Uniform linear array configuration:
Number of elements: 4
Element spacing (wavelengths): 1
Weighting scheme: hann
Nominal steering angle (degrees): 15
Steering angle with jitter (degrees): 13.904
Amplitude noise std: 0.05
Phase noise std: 0.05

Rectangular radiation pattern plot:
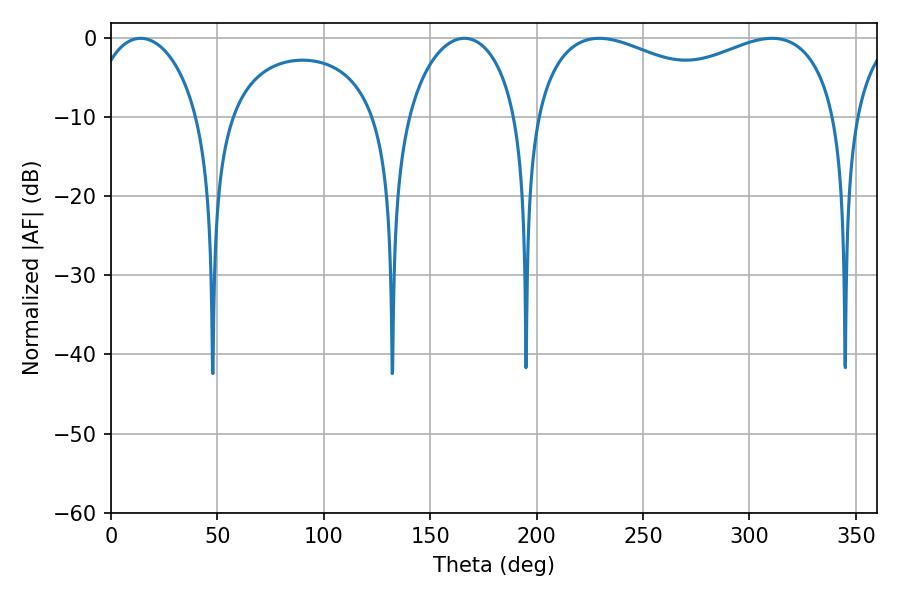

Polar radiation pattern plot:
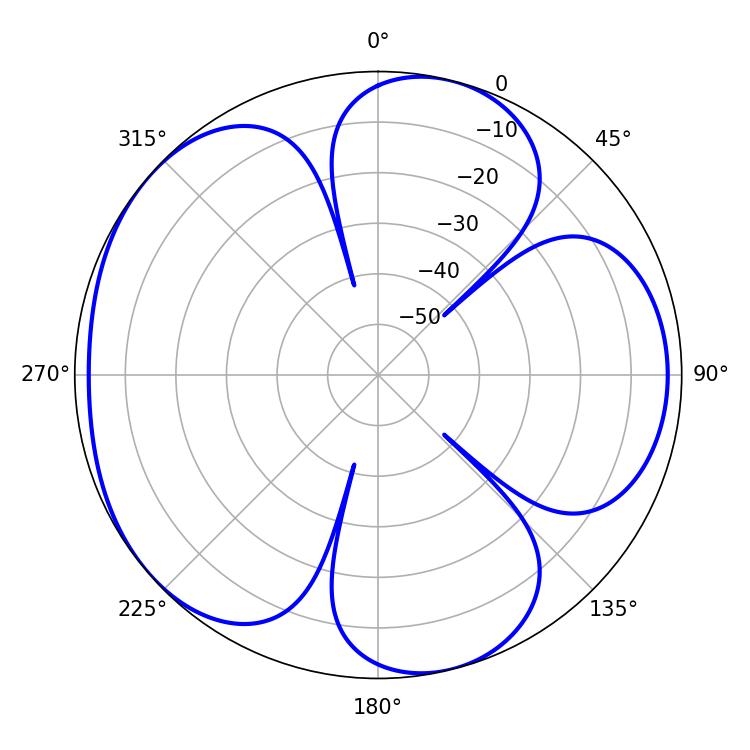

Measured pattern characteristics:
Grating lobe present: TRUE
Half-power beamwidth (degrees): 118.44
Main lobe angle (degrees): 229.32